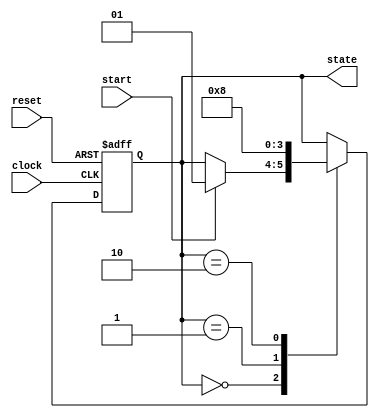
module simple_fsm (
    input wire clock,
    input wire reset,
    input wire start,     // Input signal to trigger state transition
    output reg [1:0] state // 2-bit state output
);

    // State Encoding
    localparam STATE_IDLE    = 2'b00,
               STATE_ACTIVE  = 2'b01,
               STATE_DONE    = 2'b10;

    // Sequential Logic Block
    always @(posedge clock or posedge reset) begin
        if (reset) begin
            // Synchronous reset to initial state
            state <= STATE_IDLE;
        end else begin
            // State Transition Logic
            case (state)
                STATE_IDLE: begin
                    if (start) begin
                        state <= STATE_ACTIVE; // Transition to ACTIVE state
                    end
                end
                STATE_ACTIVE: begin
                    // Logic for active state (example condition)
                    state <= STATE_DONE; // Immediately transition to DONE
                end
                STATE_DONE: begin
                    // Optionally transition back to IDLE or stay in DONE
                    state <= STATE_IDLE; // Transition back to IDLE
                end
            endcase
        end
    end

endmodule